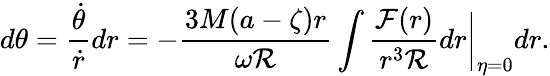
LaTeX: d\theta=\frac{\dot{\theta}}{\dot{r}}dr=-\frac{3M(a-\zeta)r}{{\omega\cal R}}\int\frac{{\cal F}(r)}{r^{3}{\cal R}}dr\bigg|_{\eta=0}dr.